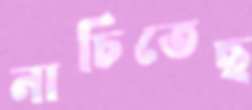
নাচিতেছ